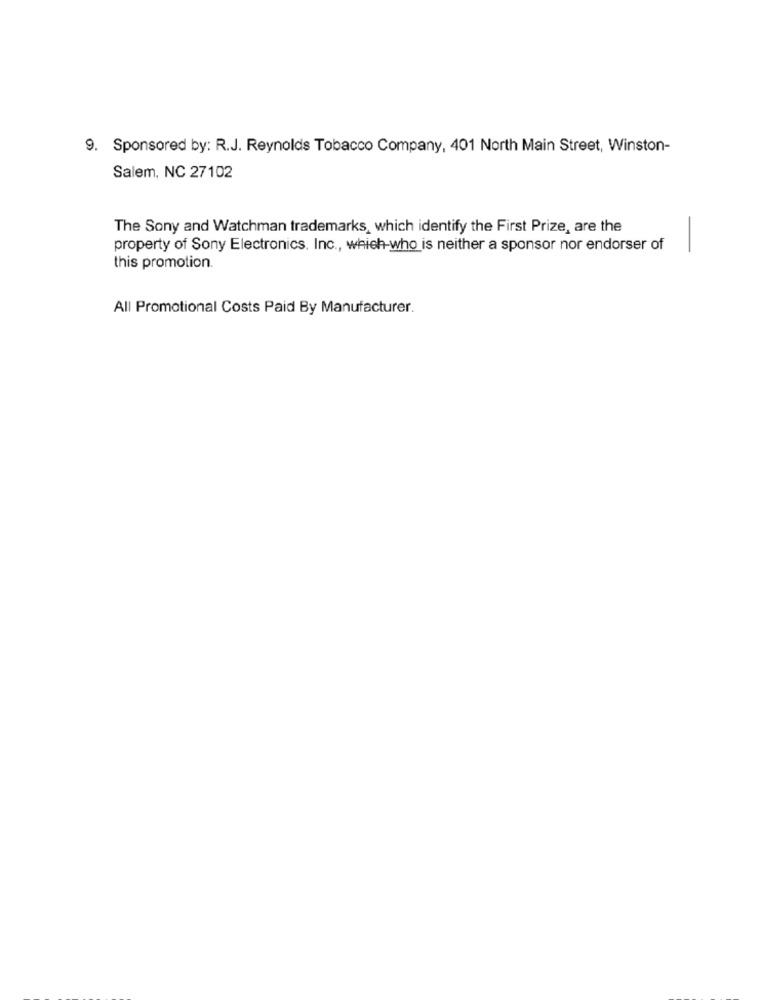
9. Sponsored by: R.J. Reynolds Tobacco Company, 401 North Main Street, Winston-
Salem, NC 27102
The Sony and Watchman trademarks, which identify the First Prize, are the
property of Sony Electronics, Inc ., which-who is neither a sponsor nor endorser of
this promotion.
All Promotional Costs Paid By Manufacturer.